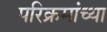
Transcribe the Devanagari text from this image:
परिक्रमांच्या